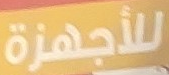
للأجهزة